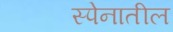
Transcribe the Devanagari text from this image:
स्पेनातील